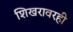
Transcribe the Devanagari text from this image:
शिखरावरही